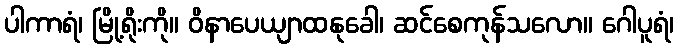
ပါကာရံ၊ မြို့ရိုးကို။ ဝိနာပေယျာထနုခေါ၊ ဆင်စေကုန်သလော။ ဂေါပူရံ၊